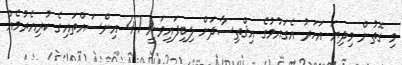
މި ގޮތުން މިދިޔަ އަހަރު އެގައުމުގެ އިޤްތިސާދަށް ލިބިފައިވަނީ 4.7 އިންސައްތައިގެ ކުރިއެރުމެއް